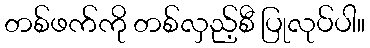
တစ်ဖက်ကို တစ်လှည့်စီ ပြုလုပ်ပါ။